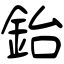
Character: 鈶